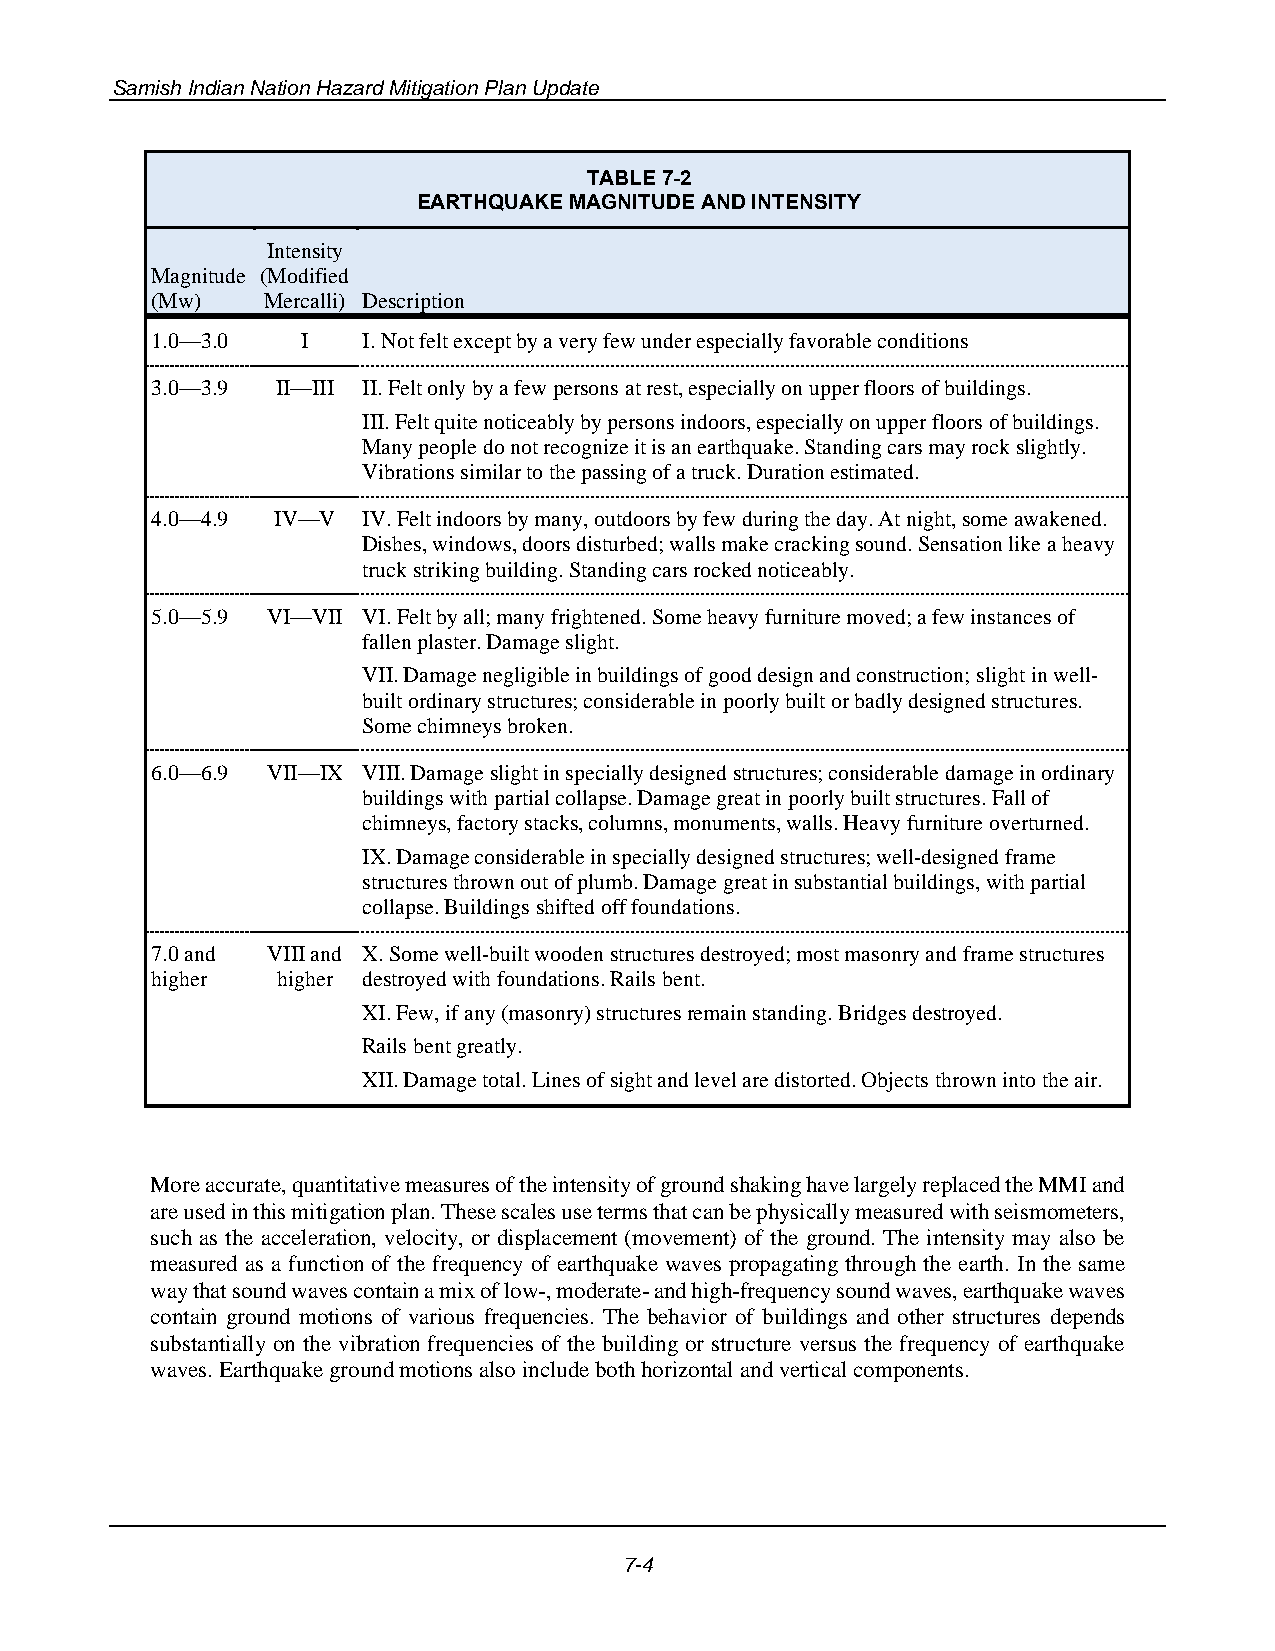
Samish Indian Nation Hazard Mitigation Plan Update
 TABLE 7-2
 EARTHQUAKE MAGNITUDE AND INTENSITY
 Intensity
 Magnitude (Modified
 (Mw)   Mercalli) Description
 1.0—3.0   I   I. Not felt except by a very few under especially favorable conditions
 3.0—3.9 II—III II. Felt only by a few persons at rest, especially on upper floors of buildings.
 III. Felt quite noticeably by persons indoors, especially on upper floors of buildings.
 Many people do not recognize it is an earthquake. Standing cars may rock slightly.
 Vibrations similar to the passing of a truck. Duration estimated.
 4.0—4.9 IV—V  IV. Felt indoors by many, outdoors by few during the day. At night, some awakened.
 Dishes, windows, doors disturbed; walls make cracking sound. Sensation like a heavy
 truck striking building. Standing cars rocked noticeably.
 5.0—5.9 VI—VII VI. Felt by all; many frightened. Some heavy furniture moved; a few instances of
 fallen plaster. Damage slight.
 VII. Damage negligible in buildings of good design and construction; slight in well-
 built ordinary structures; considerable in poorly built or badly designed structures.
 Some chimneys broken.
 6.0—6.9 VII—IX VIII. Damage slight in specially designed structures; considerable damage in ordinary
 buildings with partial collapse. Damage great in poorly built structures. Fall of
 chimneys, factory stacks, columns, monuments, walls. Heavy furniture overturned.
 IX. Damage considerable in specially designed structures; well-designed frame
 structures thrown out of plumb. Damage great in substantial buildings, with partial
 collapse. Buildings shifted off foundations.
 7.0 and VIII and X. Some well-built wooden structures destroyed; most masonry and frame structures
 higher  higher destroyed with foundations. Rails bent.
 XI. Few, if any (masonry) structures remain standing. Bridges destroyed.
 Rails bent greatly.
 XII. Damage total. Lines of sight and level are distorted. Objects thrown into the air.
 More accurate, quantitative measures of the intensity of ground shaking have largely replaced the MMI and
 are used in this mitigation plan. These scales use terms that can be physically measured with seismometers,
 such as the acceleration, velocity, or displacement (movement) of the ground. The intensity may also be
 measured as a function of the frequency of earthquake waves propagating through the earth. In the same
 way that sound waves contain a mix of low-, moderate- and high-frequency sound waves, earthquake waves
 contain ground motions of various frequencies. The behavior of buildings and other structures depends
 substantially on the vibration frequencies of the building or structure versus the frequency of earthquake
 waves. Earthquake ground motions also include both horizontal and vertical components.
 7-4